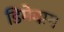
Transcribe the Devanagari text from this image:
डिमेबाग